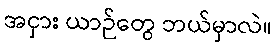
အငှား ယာဉ်တွေ ဘယ်မှာလဲ။